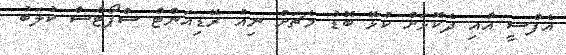
އެފްސީ އާއި ދެކޮޅަށް ކުޅޭ ބޮޑު މެޗަށް ނިއު ރޭޑިއަންޓް ސްޕޯޓްސް ކުލަބު